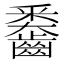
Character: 𪙖